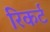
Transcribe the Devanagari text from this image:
रिकर्ट